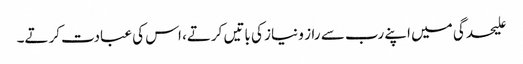
علیحدگی میں اپنے رب سے راز و نیاز کی باتیں کرتے، اس کی عبادت کرتے۔